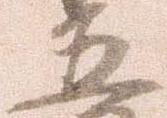
五